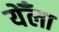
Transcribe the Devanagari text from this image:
येँला